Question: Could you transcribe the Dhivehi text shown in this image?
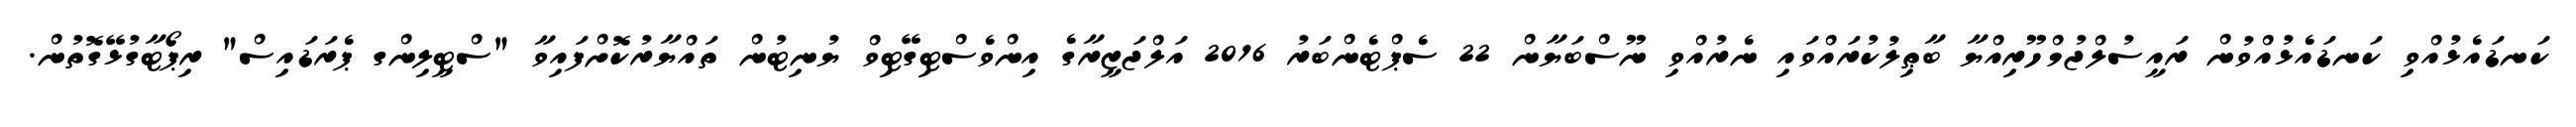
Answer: ކަނޑައެޅުއްވި ކަނޑައެޅުއްވުން ރައީސުލްޖުމްހޫރިއްޔާ ބާޠިލުކުރައްވައި ނެރުއްވި ނޫސްބަޔާން 22 ސެޕްޓެންބަރު 2016 އަލްޖަޒީރާގެ އިންވެސްޓިގޭޓިވް ޔުނިޓުން ތައްޔާރުކޮށްފައިވާ "ސްޓީލިންގ ޕެރަޑައިސް" ރިޕޯޓާގުޅޭގޮތުން.